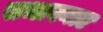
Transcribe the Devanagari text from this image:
सभावनाए